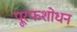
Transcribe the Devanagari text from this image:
पू्रफशोधन